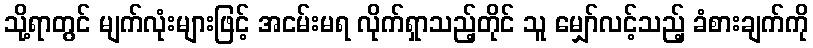
သို့ရာတွင် မျက်လုံးများဖြင့် အငမ်းမရ လိုက်ရှာသည့်တိုင် သူ မျှော်လင့်သည့် ခံစားချက်ကို